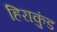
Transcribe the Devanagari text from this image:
हिराकुंड